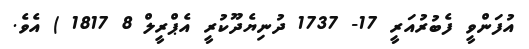
އުފަންވީ ފެބުރުއަރީ 17- 1737 ދުނިޔެދޫކުރީ އެޕްރީލް 8 1817 ) އެވެ.